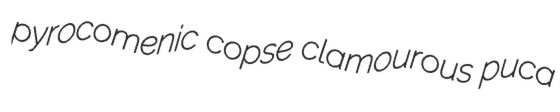
pyrocomenic copse clamourous puca